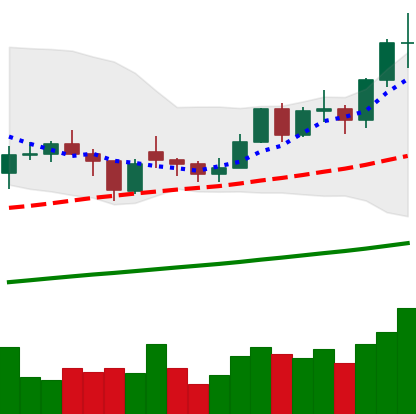
Ticker: LTC-USD
Chart end date: 2021-02-10
Forward return: 14.001%
Label: up_7plus